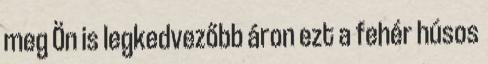
meg Ön is legkedvezőbb áron ezt a fehér húsos